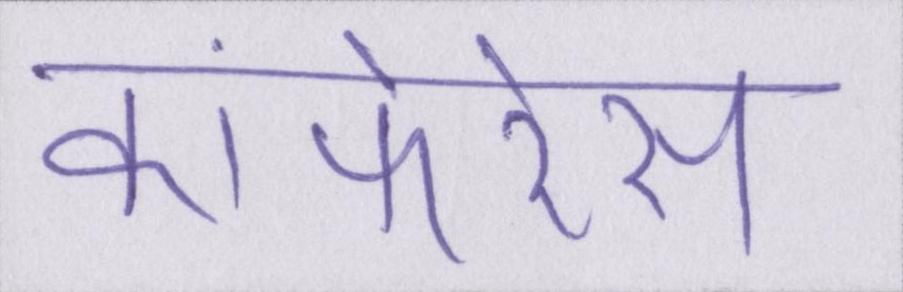
कांफेरेंस